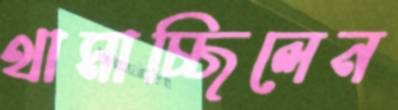
থামাচ্ছিলেন